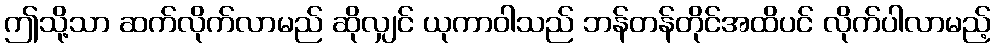
ဤသို့သာ ဆက်လိုက်လာမည် ဆိုလျှင် ယုကာဝါသည် ဘန်တန်တိုင်အထိပင် လိုက်ပါလာမည့်